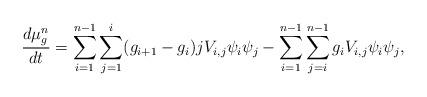
LaTeX: \begin{align*} \frac{d\mu_g^n}{dt} &= \sum_{i=1}^{n-1}\sum_{j=1}^{i}(g_{i+1}-g_i)jV_{i,j}\psi_i\psi_j - \sum_{i=1}^{n-1}\sum_{j=i}^{n-1}g_{i}V_{i,j}\psi_i\psi_j,\end{align*}